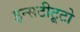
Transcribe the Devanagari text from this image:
इन्सटीटूटो